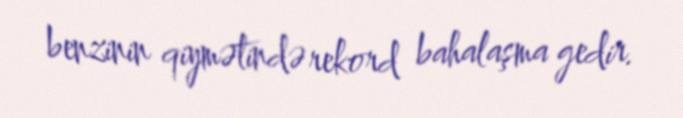
benzinin qiymətində rekord bahalaşma gedir.